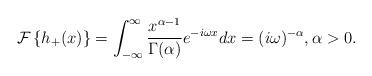
LaTeX: \begin{align*}\mathcal{F}\left\{ h_{+}(x)\right\} =\int_{-\infty}^{\infty}\frac{x^{\alpha-1}}{\Gamma(\alpha)}e^{-i\omega x}dx=(i\omega)^{-\alpha},\text{}\alpha>0.\end{align*}